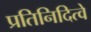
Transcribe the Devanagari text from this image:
प्रतिनिदित्वे